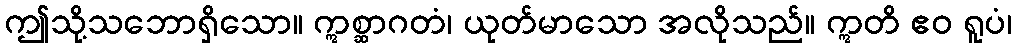
ဤသို့သဘောရှိသော။ ဣစ္ဆာဂတံ၊ ယုတ်မာသော အလိုသည်။ ဣတိ ဧဝ ရူပံ၊